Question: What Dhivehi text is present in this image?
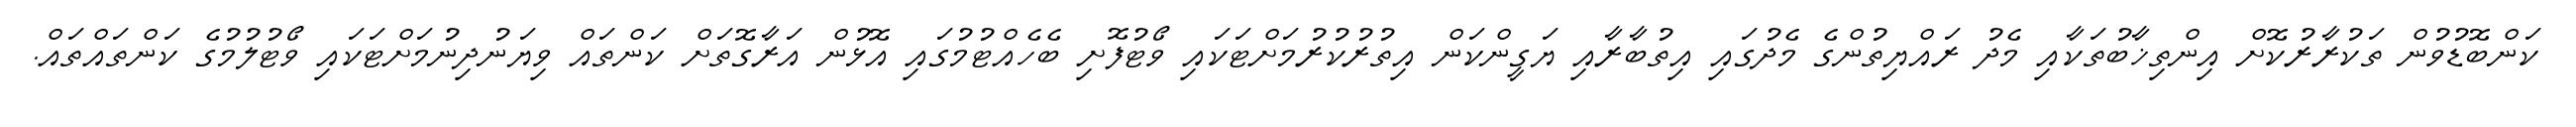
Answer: ކަންބޮޑުވުން ތަކުރާރުކޮށް އިންތިޚާބުތަކާއި މެދު ރައްޔިތުންގެ މެދުގައި އިތުބާރާއި ޔަގީންކަން އިތުރުކުރުމަށްޓަކައި ވޯޓުފޮށި ބެހެއްޓުމުގައި އޮޅުން އަރާގޮތަށް ކަންތައް ވިޔަނުދިނުމަށްޓަކައި ވޯޓުލުމުގެ ކަންތައްތައް.